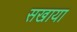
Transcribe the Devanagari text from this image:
सखाया